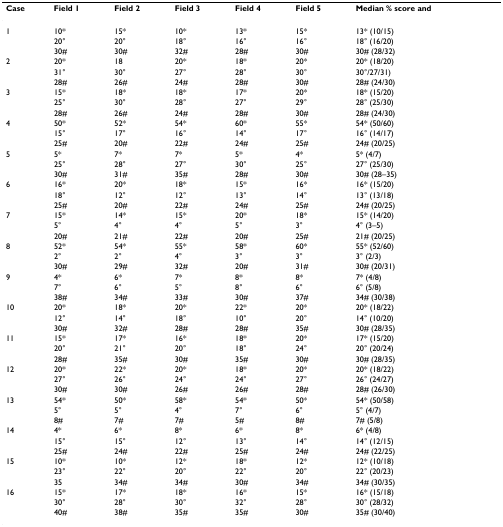
<table><thead><tr><td><b>Case</b></td><td><b>Field 1</b></td><td><b>Field 2</b></td><td><b>Field 3</b></td><td><b>Field 4</b></td><td><b>Field 5</b></td><td><b>Median % score and</b></td></tr></thead><tbody><tr><td>1</td><td>10*</td><td>15*</td><td>10*</td><td>13*</td><td>15*</td><td>13* (10/15)</td></tr><tr><td></td><td>20°</td><td>20°</td><td>18°</td><td>16°</td><td>16°</td><td>18° (16/20)</td></tr><tr><td></td><td>30#</td><td>30#</td><td>32#</td><td>28#</td><td>30#</td><td>30# (28/32)</td></tr><tr><td>2</td><td>20*</td><td>18</td><td>20*</td><td>18*</td><td>20*</td><td>20* (18/20)</td></tr><tr><td></td><td>31°</td><td>30°</td><td>27°</td><td>28°</td><td>30°</td><td>30°/27/31)</td></tr><tr><td></td><td>28#</td><td>26#</td><td>24#</td><td>28#</td><td>30#</td><td>28# (24/30)</td></tr><tr><td>3</td><td>15*</td><td>18*</td><td>18*</td><td>17*</td><td>20*</td><td>18* (15/20)</td></tr><tr><td></td><td>25°</td><td>30°</td><td>28°</td><td>27°</td><td>29°</td><td>28° (25/30)</td></tr><tr><td></td><td>28#</td><td>26#</td><td>24#</td><td>28#</td><td>30#</td><td>28# (24/30)</td></tr><tr><td>4</td><td>50*</td><td>52*</td><td>54*</td><td>60*</td><td>55*</td><td>54* (50/60)</td></tr><tr><td></td><td>15°</td><td>17°</td><td>16°</td><td>14°</td><td>17°</td><td>16° (14/17)</td></tr><tr><td></td><td>25#</td><td>20#</td><td>22#</td><td>24#</td><td>25#</td><td>24# (20/25)</td></tr><tr><td>5</td><td>5*</td><td>7*</td><td>7*</td><td>5*</td><td>4*</td><td>5* (4/7)</td></tr><tr><td></td><td>25°</td><td>28°</td><td>27°</td><td>30°</td><td>25°</td><td>27° (25/30)</td></tr><tr><td></td><td>30#</td><td>31#</td><td>35#</td><td>28#</td><td>30#</td><td>30# (28–35)</td></tr><tr><td>6</td><td>16*</td><td>20*</td><td>18*</td><td>15*</td><td>16*</td><td>16* (15/20)</td></tr><tr><td></td><td>18°</td><td>12°</td><td>12°</td><td>13°</td><td>14°</td><td>13° (13/18)</td></tr><tr><td></td><td>25#</td><td>20#</td><td>22#</td><td>24#</td><td>25#</td><td>24# (20/25)</td></tr><tr><td>7</td><td>15*</td><td>14*</td><td>15*</td><td>20*</td><td>18*</td><td>15* (14/20)</td></tr><tr><td></td><td>5°</td><td>4°</td><td>4°</td><td>5°</td><td>3°</td><td>4° (3–5)</td></tr><tr><td></td><td>20#</td><td>21#</td><td>22#</td><td>20#</td><td>25#</td><td>21# (20/25)</td></tr><tr><td>8</td><td>52*</td><td>54*</td><td>55*</td><td>58*</td><td>60*</td><td>55* (52/60)</td></tr><tr><td></td><td>2°</td><td>2°</td><td>4°</td><td>3°</td><td>3°</td><td>3° (2/3)</td></tr><tr><td></td><td>30#</td><td>29#</td><td>32#</td><td>20#</td><td>31#</td><td>30# (20/31)</td></tr><tr><td>9</td><td>4*</td><td>6*</td><td>7*</td><td>8*</td><td>8*</td><td>7* (4/8)</td></tr><tr><td></td><td>7°</td><td>6°</td><td>5°</td><td>8°</td><td>6°</td><td>6° (5/8)</td></tr><tr><td></td><td>38#</td><td>34#</td><td>33#</td><td>30#</td><td>37#</td><td>34# (30/38)</td></tr><tr><td>10</td><td>20*</td><td>18*</td><td>20*</td><td>22*</td><td>20*</td><td>20* (18/22)</td></tr><tr><td></td><td>12°</td><td>14°</td><td>18°</td><td>10°</td><td>20°</td><td>14° (10/20)</td></tr><tr><td></td><td>30#</td><td>32#</td><td>28#</td><td>28#</td><td>35#</td><td>30# (28/35)</td></tr><tr><td>11</td><td>15*</td><td>17*</td><td>16*</td><td>18*</td><td>20*</td><td>17* (15/20)</td></tr><tr><td></td><td>20°</td><td>21°</td><td>20°</td><td>18°</td><td>24°</td><td>20° (20/24)</td></tr><tr><td></td><td>28#</td><td>35#</td><td>30#</td><td>35#</td><td>30#</td><td>30# (28/35)</td></tr><tr><td>12</td><td>20*</td><td>22*</td><td>20*</td><td>18*</td><td>20*</td><td>20* (18/22)</td></tr><tr><td></td><td>27°</td><td>26°</td><td>24°</td><td>24°</td><td>27°</td><td>26° (24/27)</td></tr><tr><td></td><td>30#</td><td>30#</td><td>26#</td><td>26#</td><td>28#</td><td>28# (26/30)</td></tr><tr><td>13</td><td>54*</td><td>50*</td><td>58*</td><td>54*</td><td>50*</td><td>54* (50/58)</td></tr><tr><td></td><td>5°</td><td>5°</td><td>4°</td><td>7°</td><td>6°</td><td>5° (4/7)</td></tr><tr><td></td><td>8#</td><td>7#</td><td>7#</td><td>5#</td><td>8#</td><td>7# (5/8)</td></tr><tr><td>14</td><td>4*</td><td>6*</td><td>8*</td><td>6*</td><td>8*</td><td>6* (4/8)</td></tr><tr><td></td><td>15°</td><td>15°</td><td>12°</td><td>13°</td><td>14°</td><td>14° (12/15)</td></tr><tr><td></td><td>25#</td><td>24#</td><td>22#</td><td>25#</td><td>24#</td><td>24# (22/25)</td></tr><tr><td>15</td><td>10*</td><td>10*</td><td>12*</td><td>18*</td><td>12*</td><td>12* (10/18)</td></tr><tr><td></td><td>23°</td><td>22°</td><td>20°</td><td>22°</td><td>20°</td><td>22° (20/23)</td></tr><tr><td></td><td>35</td><td>34#</td><td>34#</td><td>30#</td><td>34#</td><td>34# (30/35)</td></tr><tr><td>16</td><td>15*</td><td>17*</td><td>18*</td><td>16*</td><td>15*</td><td>16* (15/18)</td></tr><tr><td></td><td>30°</td><td>28°</td><td>30°</td><td>32°</td><td>28°</td><td>30° (28/32)</td></tr><tr><td></td><td>40#</td><td>38#</td><td>35#</td><td>35#</td><td>30#</td><td>35# (30/40)</td></tr></tbody></table>